Indian Medical Review
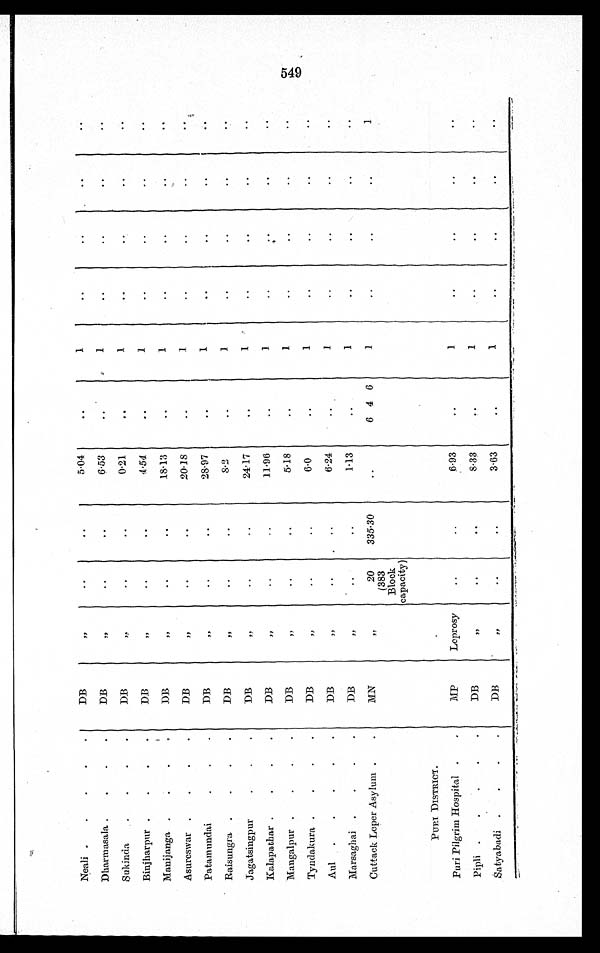
Neali
DB
„
5.04
1
Dharmasala
DB
„
6 . 5 3
1
Sukinda
DB
„
0.21
1
Binjharpur
DB
„
4.54
1
Manijanga
DB
„
18.13
1
Asureswar
DB
„
20.18
1
Patamundai
DB
„
28.97
1
Raisungra
DB
„
8.2
1
Jagatsingpur
DB
„
24.17
1
Kalapathar
DB
„
11.96
1
Mangalpur
DB
„
5.18
1
Tyndakura
DB
„
6.0
1
Aul
DB
„
6.24
1
Marsaghai
DB
„
1.13
1
Cuttack Leper Asylum
M N
„
20
(383
Block
capacity)
335.30
646
1
1
PURI DISTRICT.
Puri Pilgrim Hospital
MP
Leprosy
6.93
1
Pipli
DB
„
8.33
1
Satyabadi
DB
„
3.63
1